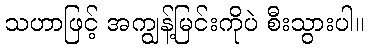
သဟာဖြင့် အကျွန့်မြင်းကိုပဲ စီးသွားပါ။